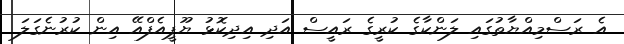
އެ ރަސްމިއްޔާތުގައި ލަންކާގެ ކުރީގެ ރައީސް އަދި އިދިކޮޅު ޔޫޕީއެފްއޭ އިން ކުރުނެގަލަ